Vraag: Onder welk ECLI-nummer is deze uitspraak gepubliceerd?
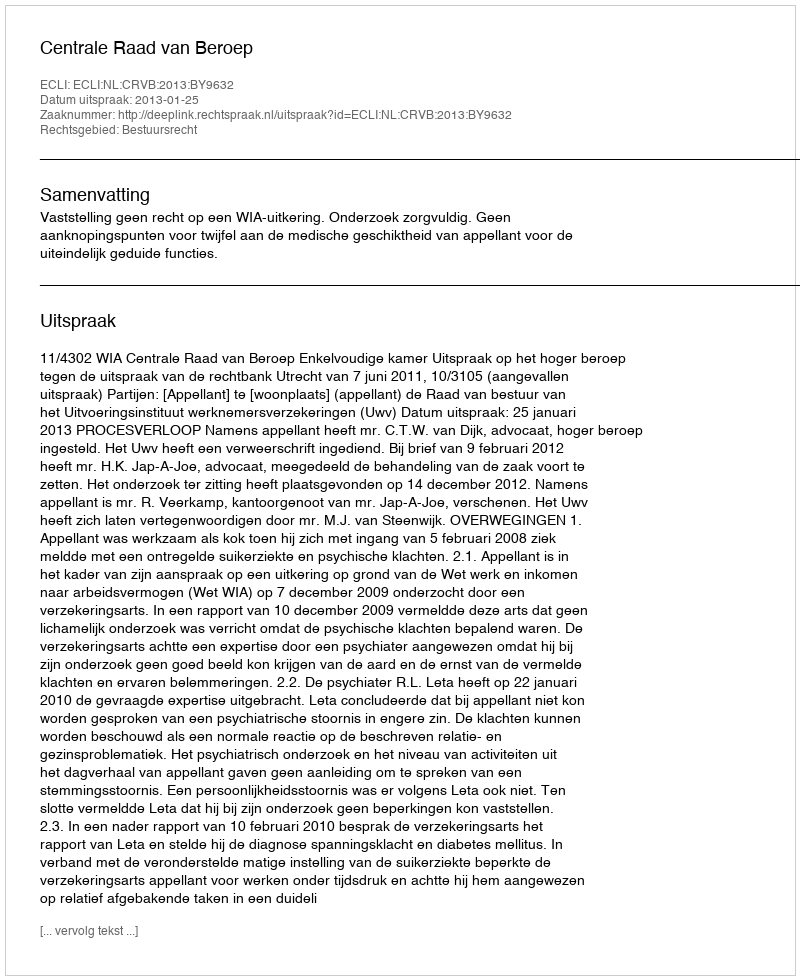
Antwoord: ECLI:NL:CRVB:2013:BY9632